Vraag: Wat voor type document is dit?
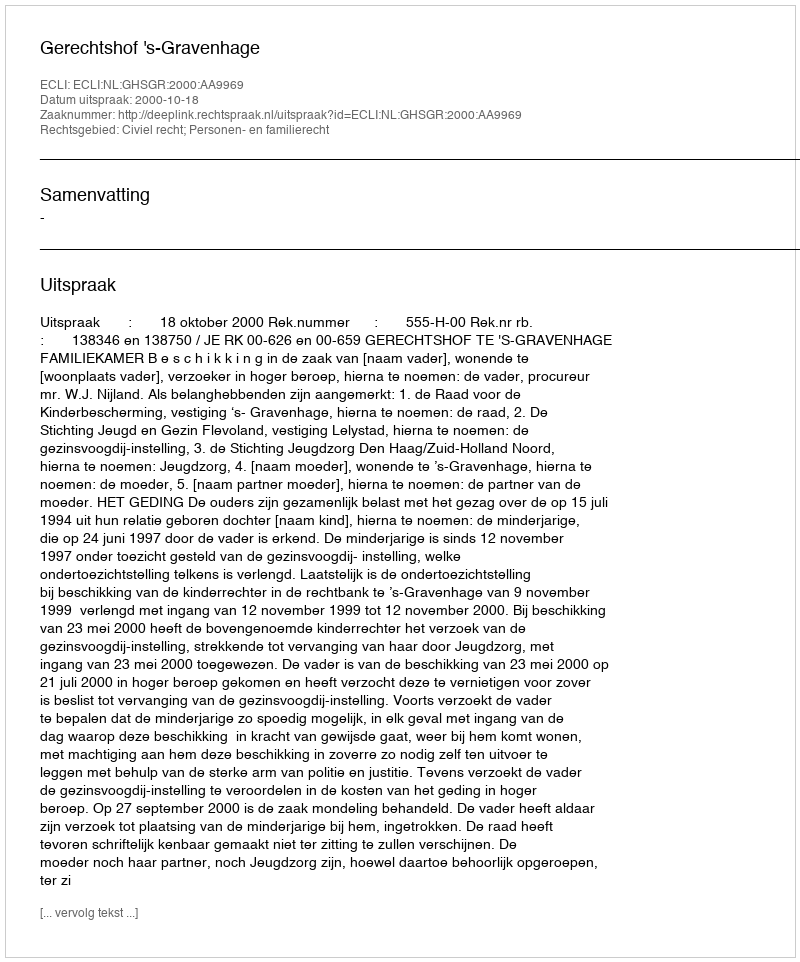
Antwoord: Uitspraak